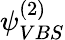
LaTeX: \psi_{VBS}^{(2)}